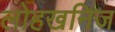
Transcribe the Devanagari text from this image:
लोहखनिज